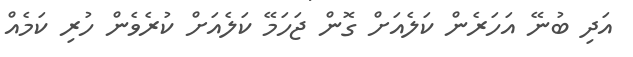
އަދި ބުނޭ އަހަރެން ކަލެއަށް ގޮން ޖަހަމޭ ކަލެއަށް ކުރެވެން ހުރި ކަމެއް